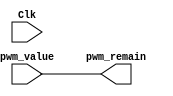
module interpolate(
    output reg signed [15:0] pwm_remain,
    input signed [15:0] pwm_value,
    input Clk
    );




assign pwm_remain=pwm_value; 








endmodule